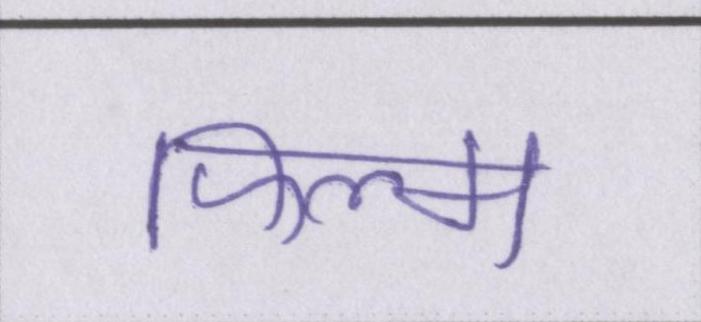
फिल्म